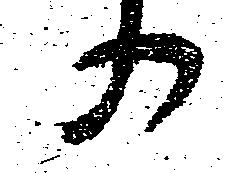
の